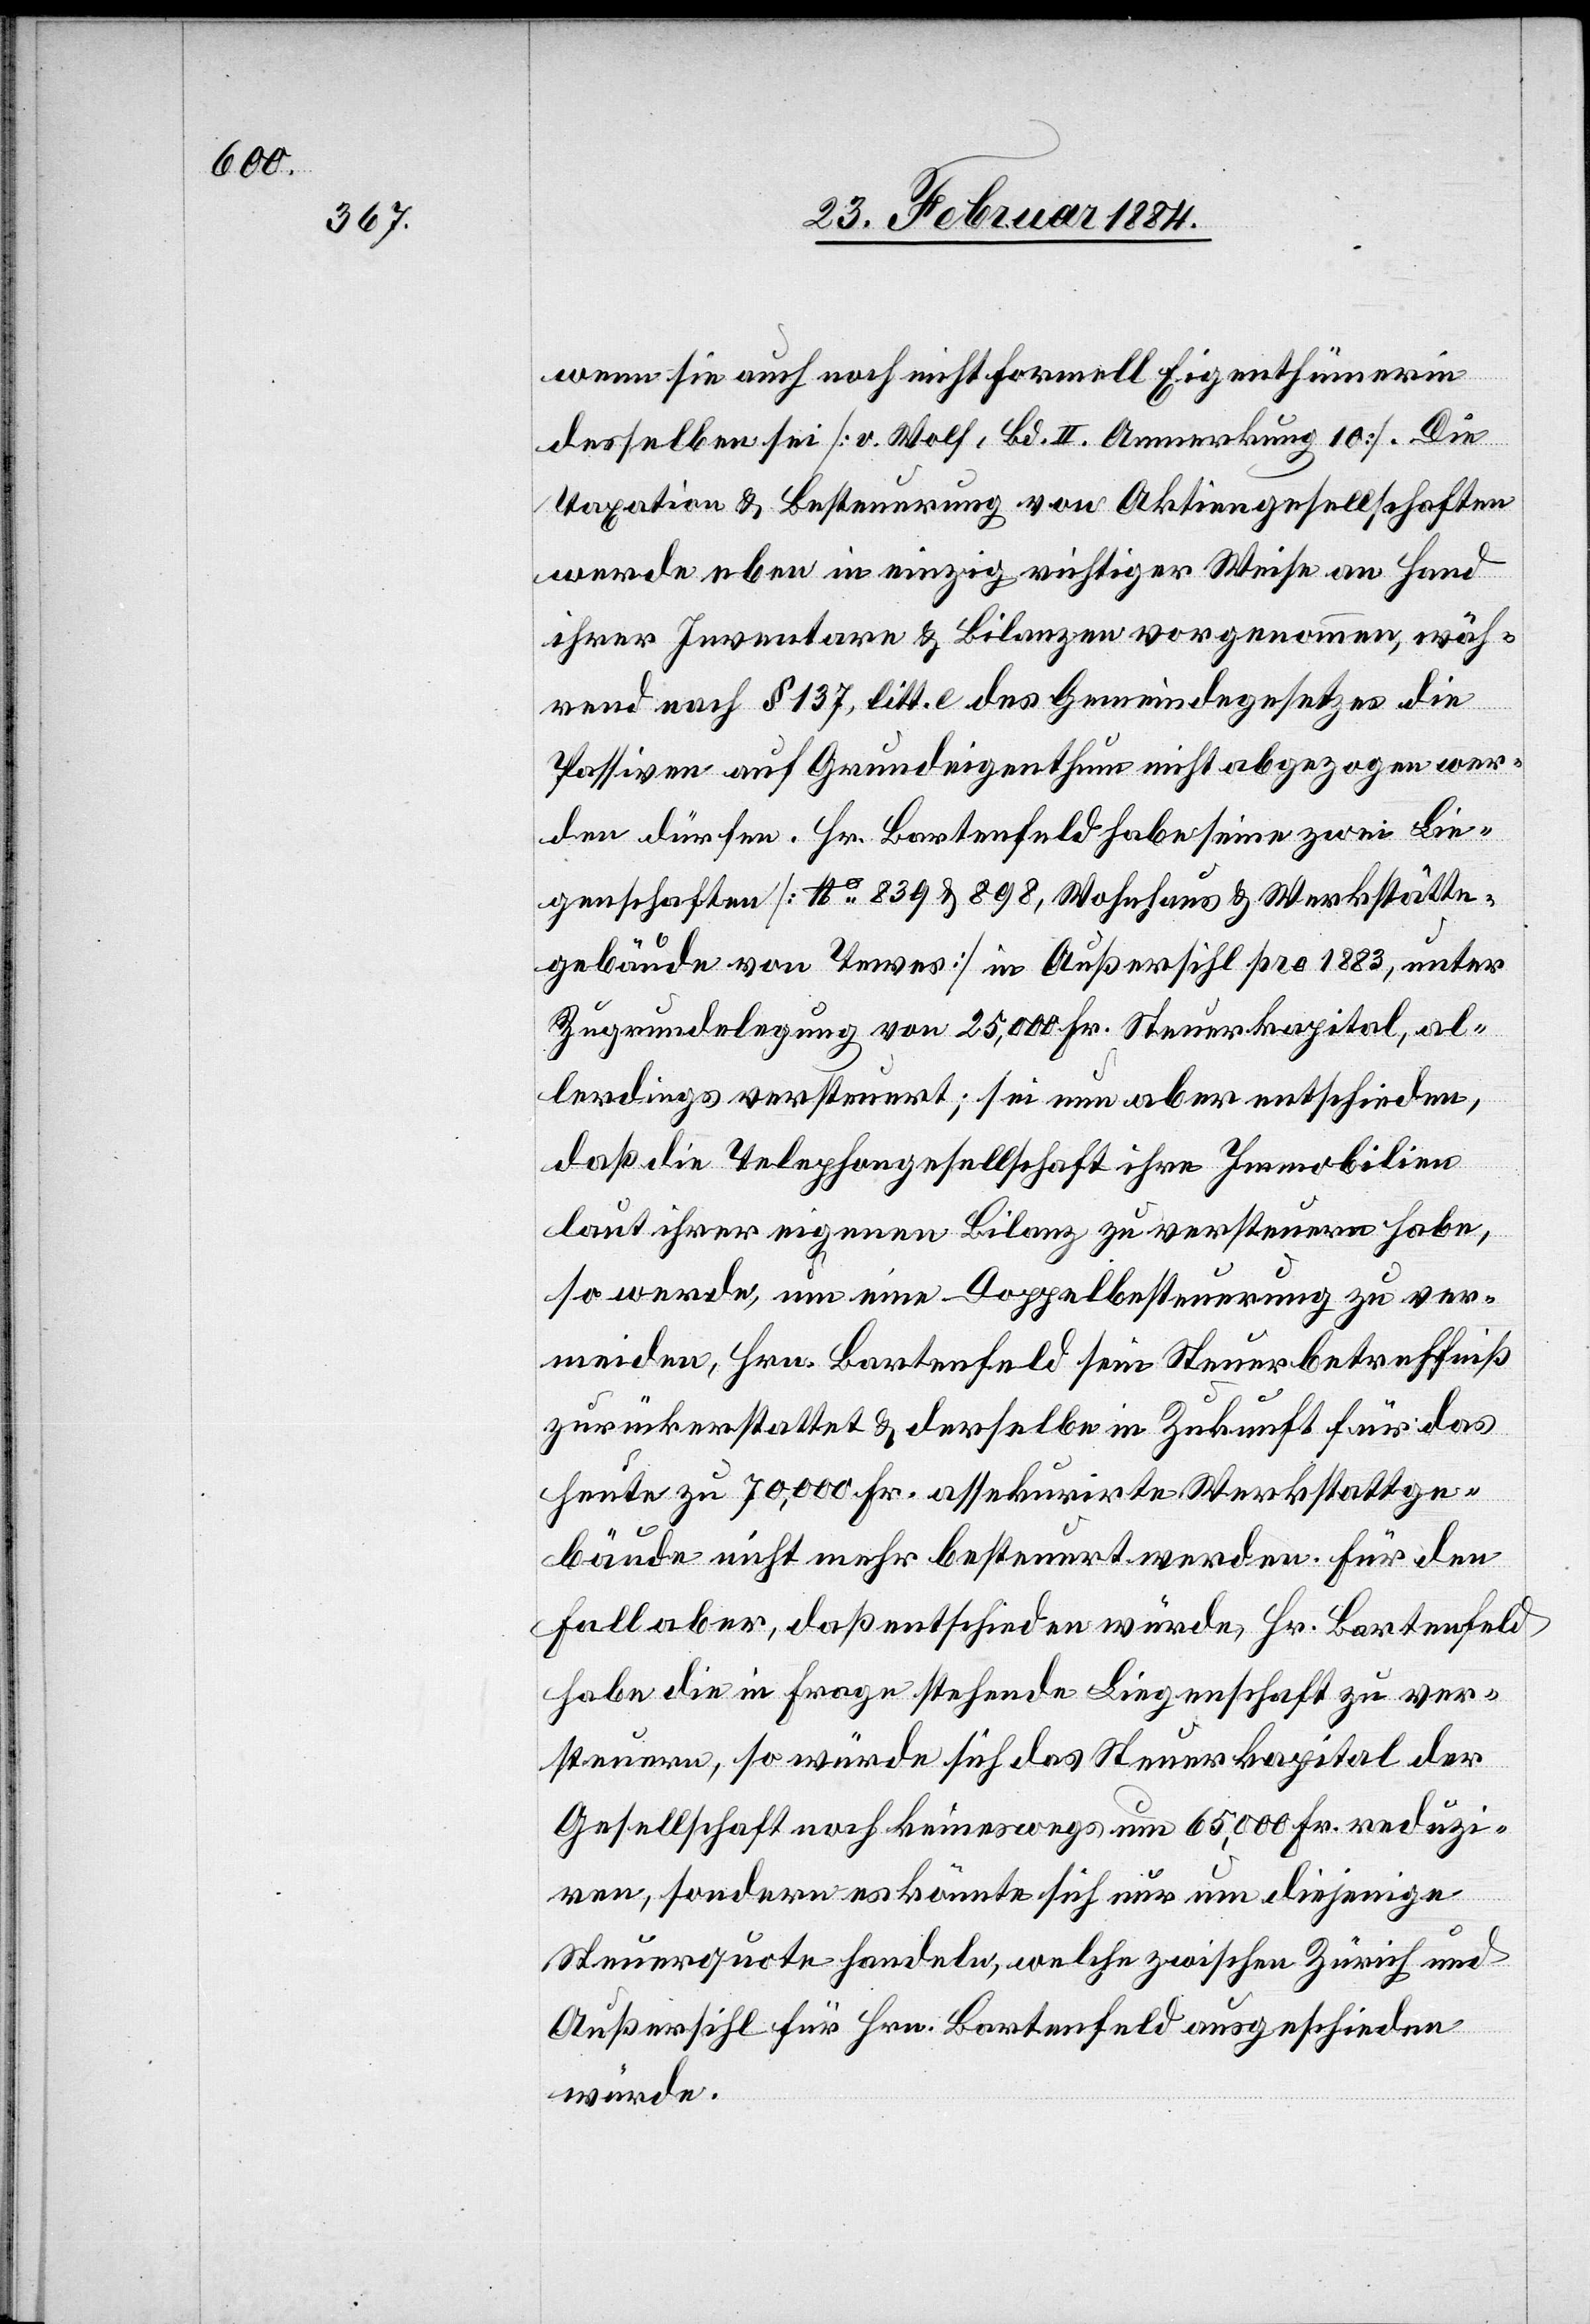
wenn sie auch noch nicht formell Eigenthümerin
desselben sei [v. Wolf, Bd. II. Anmerkung 10]. Die
Taxation & Besteuerung von Aktiengesellschaften
werde eben in einzig richtiger Weise an Hand
ihrer Inventare & Bilanzen vorgenommen, wäh¬
rend nach § 137, litt. e des Gemeindegesetzes die
Passiven auf Grundeigenthum nicht abgezogen wer¬
den dürfen. Hr. Bartenfeld habe seine zwei Lie¬
genschaften [No 839 & 898, Wohnhaus & Werkstätte¬
gebäude von Tevens] in Außersihl pro 1883, unter
Zugrundelegung von 25,000 Fr. Steuerkapital, al¬
lerdings versteuert; sei nun aber entschieden,
daß die Telephongesellschaft ihre Immobilien
laut ihrer eigenen Bilanz zu versteuern habe,
so werde, um eine Doppelbesteuerung zu ver¬
meiden, Hrn. Bartenfeld sein Steuerbetreffniß
zurückerstattet & derselbe in Zukunft für das
heute zu 70,000 Fr. assekurirte Werkstattge¬
bäude nicht mehr besteuert werden. Für den
Fall aber, daß entschieden würde, Hr. Bartenfeld
habe die in Frage stehende Liegenschaft zu ver¬
steuern, so würde sich das Steuerkapital der
Gesellschaft noch keineswegs um 65,000 Fr. reduzi¬
ren, sondern es könnte sich nur um diejenige
Steuerquote handeln, welche zwischen Zürich und
Außersihl für Hrn. Bartenfeld ausgeschieden
würde.